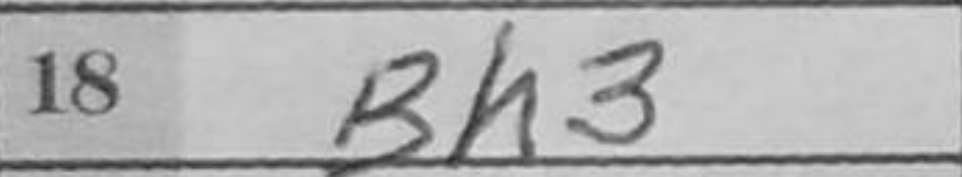
Transcription: Bh3